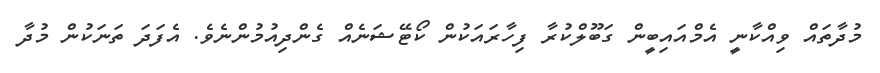
މުދާތައް ވިއްކާނީ އެމްއައިބީން ގަބޫލްކުރާ ފިހާރައަކުން ކޯޓޭޝަނެއް ގެންދިއުމުންނެވެ. އެފަދަ ތަނަކުން މުދާ